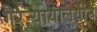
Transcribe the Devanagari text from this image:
गैरन्यायालयीन